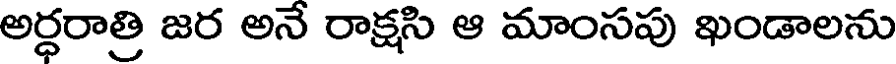
అర్ధరాత్రి జర అనే రాక్షసి ఆ మాంసపు ఖండాలను